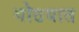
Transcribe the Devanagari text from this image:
गोठयात